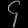
Digit: ၄